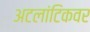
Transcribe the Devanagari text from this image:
अटलांटिकवर